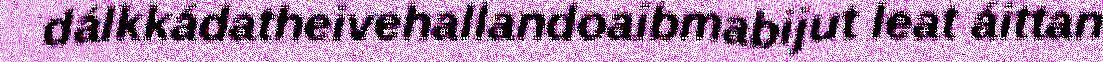
dálkkádatheivehallandoaibmabijut leat áittan